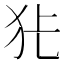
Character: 𭷺